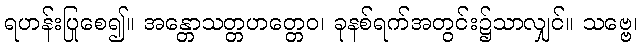
ရဟန်းပြုစေ၍။ အန္တောသတ္တဟတ္တေဝ၊ ခုနစ်ရက်အတွင်း၌သာလျှင်။ သဗ္ဗေ၊